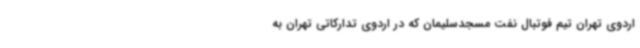
اردوی تهران تیم فوتبال نفت مسجدسلیمان که در اردوی تدارکاتی تهران به